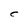
Character: C